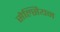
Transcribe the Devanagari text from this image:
सेल्सियन